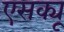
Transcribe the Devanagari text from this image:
एसक्यू